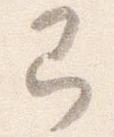
即